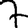
Digit: 7